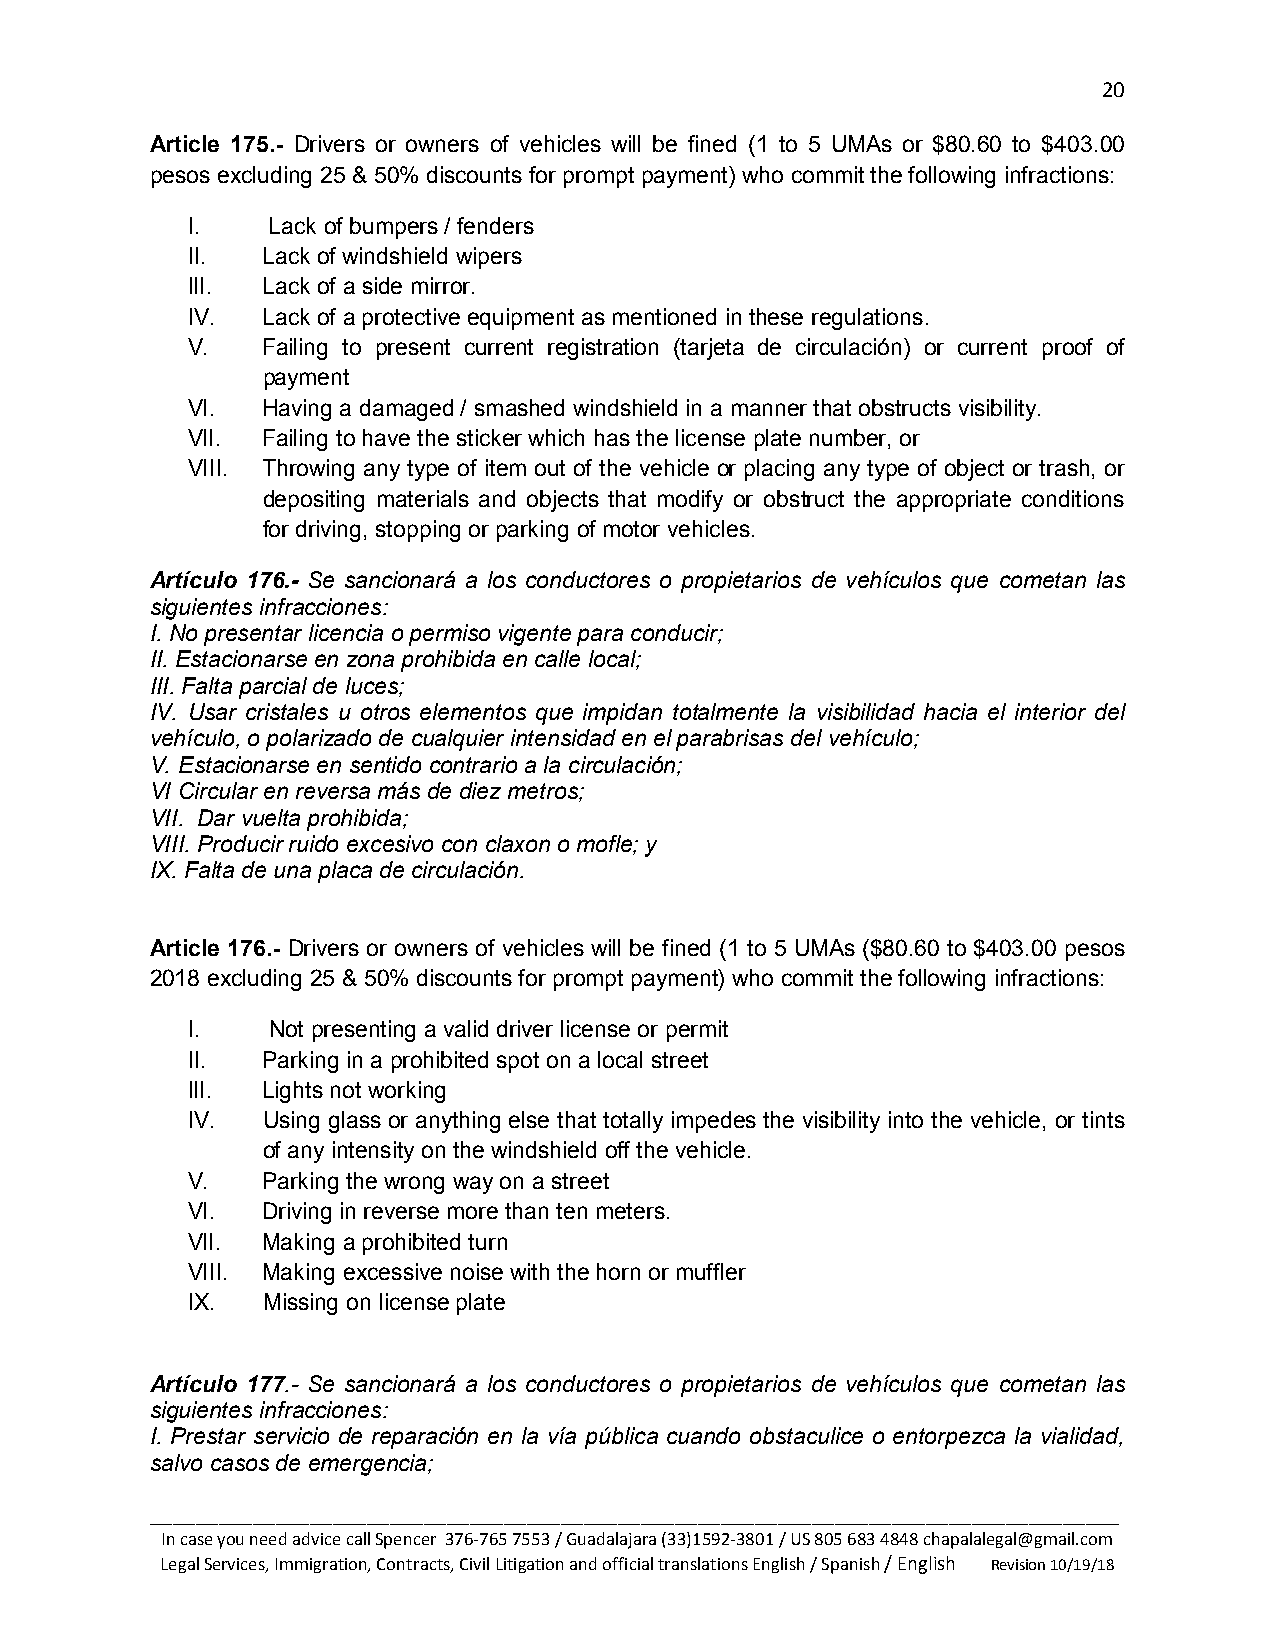
20
 Article 175.- Drivers or owners of vehicles will be fined (1 to 5 UMAs or $80.60 to $403.00
 pesos excluding 25 & 50% discounts for prompt payment) who commit the following infractions:
 I.    Lack of bumpers / fenders
 II.  Lack of windshield wipers
 III. Lack of a side mirror.
 IV.  Lack of a protective equipment as mentioned in these regulations.
 V.   Failing to present current registration (tarjeta de circulación) or current proof of
 payment
 VI.  Having a damaged / smashed windshield in a manner that obstructs visibility.
 VII. Failing to have the sticker which has the license plate number, or
 VIII. Throwing any type of item out of the vehicle or placing any type of object or trash, or
 depositing materials and objects that modify or obstruct the appropriate conditions
 for driving, stopping or parking of motor vehicles.
 Artículo 176.- Se sancionará a los conductores o propietarios de vehículos que cometan las
 siguientes infracciones:
 I. No presentar licencia o permiso vigente para conducir;
 II. Estacionarse en zona prohibida en calle local;
 III. Falta parcial de luces;
 IV. Usar cristales u otros elementos que impidan totalmente la visibilidad hacia el interior del
 vehículo, o polarizado de cualquier intensidad en el parabrisas del vehículo;
 V. Estacionarse en sentido contrario a la circulación;
 VI Circular en reversa más de diez metros;
 VII. Dar vuelta prohibida;
 VIII. Producir ruido excesivo con claxon o mofle; y
 IX. Falta de una placa de circulación.
 Article 176.- Drivers or owners of vehicles will be fined (1 to 5 UMAs ($80.60 to $403.00 pesos
 2018 excluding 25 & 50% discounts for prompt payment) who commit the following infractions:
 I.    Not presenting a valid driver license or permit
 II.  Parking in a prohibited spot on a local street
 III. Lights not working
 IV.  Using glass or anything else that totally impedes the visibility into the vehicle, or tints
 of any intensity on the windshield off the vehicle.
 V.   Parking the wrong way on a street
 VI.  Driving in reverse more than ten meters.
 VII. Making a prohibited turn
 VIII. Making excessive noise with the horn or muffler
 IX.  Missing on license plate
 Artículo 177.- Se sancionará a los conductores o propietarios de vehículos que cometan las
 siguientes infracciones:
 I. Prestar servicio de reparación en la vía pública cuando obstaculice o entorpezca la vialidad,
 salvo casos de emergencia;
 _____________________________________________________________________________________
 In case you need advice call Spencer 376-765 7553 / Guadalajara (33)1592-3801 / US 805 683 4848 chapalalegal@gmail.com
 Legal Services, Immigration, Contracts, Civil Litigation and official translations English / Spanish / English Revision 10/19/18